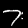
Label: 7